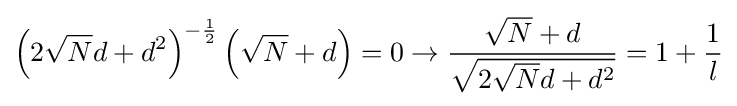
\left(2{\sqrt {N}}d+d^{2}\right)^{-{\frac {1}{2}}}\left({\sqrt {N}}+d\right)=0\to {\frac {{\sqrt {N}}+d}{\sqrt {2{\sqrt {N}}d+d^{2}}}}=1+{\frac {1}{l}}